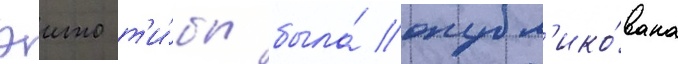
эито т'и́бы была́ опубл'ико́вана